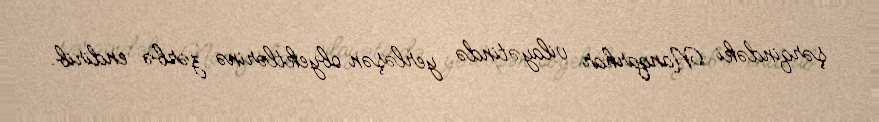
şərqindəki Nanqarhar vilayətində yerləşən obyektlərinə zərbə endirib.